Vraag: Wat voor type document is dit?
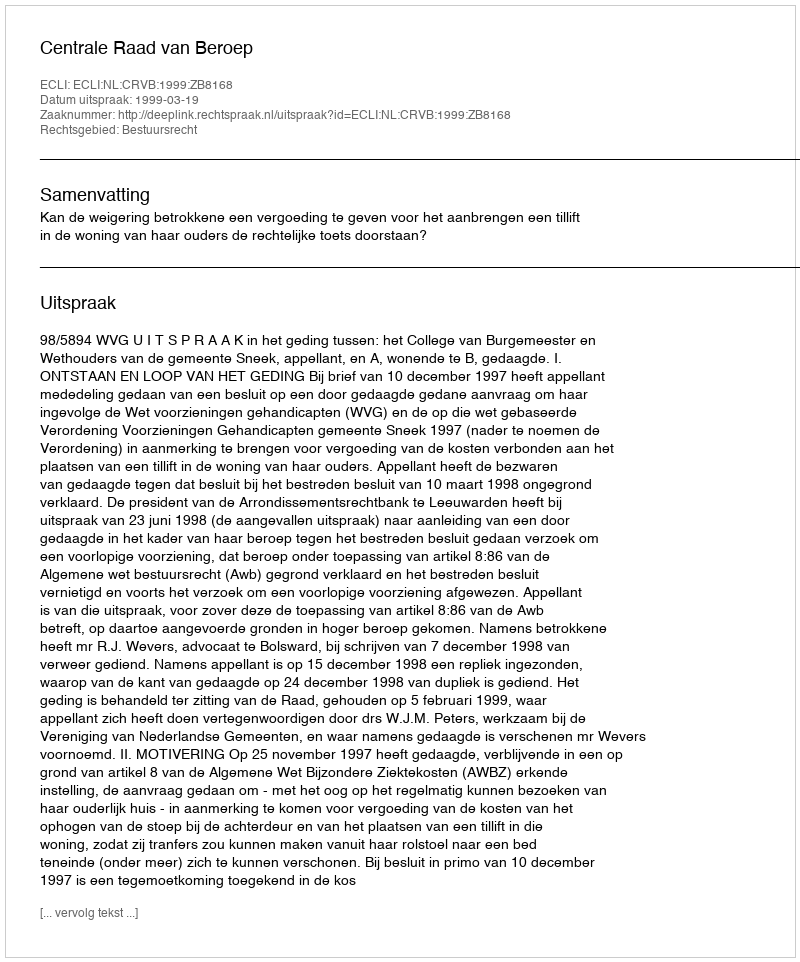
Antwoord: Uitspraak